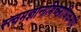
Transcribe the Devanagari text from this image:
स्त्वमज्ञानामिच्छाधिकमपि